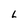
Character: L